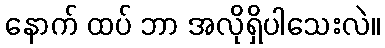
နောက် ထပ် ဘာ အလိုရှိပါသေးလဲ။